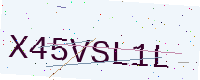
Text: X45VSL1L